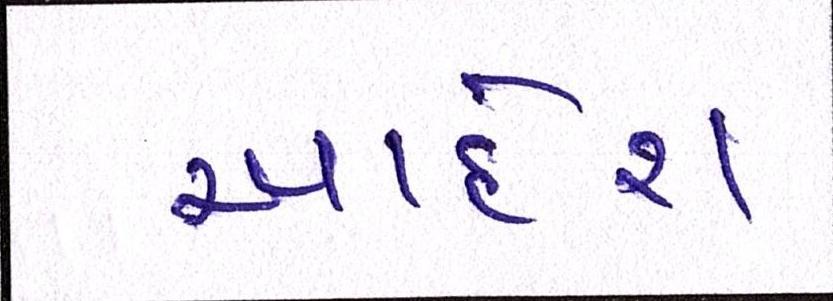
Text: આદેશ